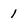
Character: 1